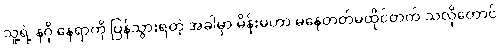
သူ့ရဲ့ နဂို နေရာကို ပြန်သွားရတဲ့ အခါမှာ မိန်းမဟာ မနေတတ်မထိုင်တတ် သလိုတောင်